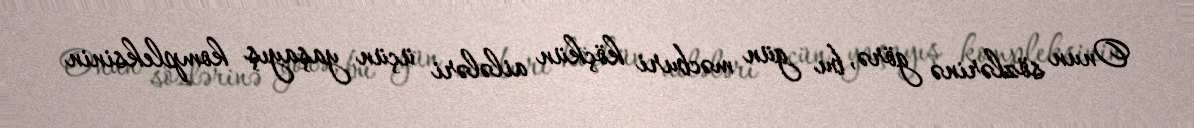
Onun sözlərinə görə, bu gün məcburi köçkün ailələri üçün yaşayış kompleksinin